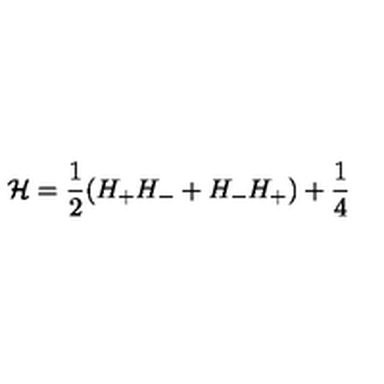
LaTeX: { \cal H } = \frac { 1 } { 2 } ( H _ { + } H _ { - } + H _ { - } H _ { + } ) + \frac { 1 } { 4 }